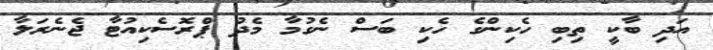
އަދި ބާކީ ތިބި ހެކިންގެ ހެކި ބަސް ނެގުމާ މެދު ޕްރޮސެކިއުޓާ ޖެނެރަލާ